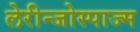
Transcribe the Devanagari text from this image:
लेरीन्जोस्पाज्म